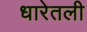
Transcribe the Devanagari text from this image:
धारेतली